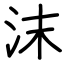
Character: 沫